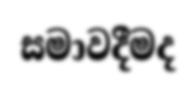
සමාවදීමද